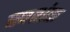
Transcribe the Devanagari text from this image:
स्पशंक